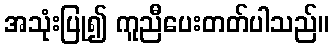
အသုံးပြု၍ ကူညီပေးတတ်ပါသည်။